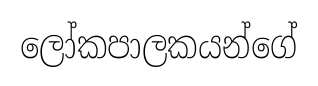
ලෝකපාලකයන්ගේ